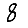
Digit: 8